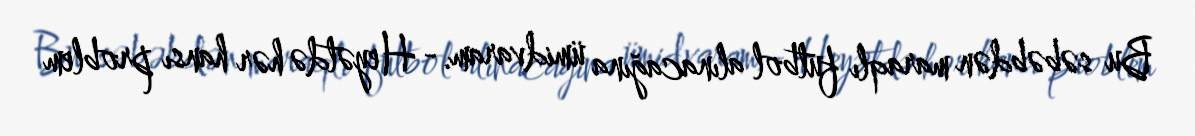
Bu səbəbdən maraqlı futbol alınacağına ümidvaram.- Heyətdə hər hansı problem